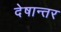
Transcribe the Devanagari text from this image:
देषान्‍तर